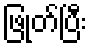
ဖြုတ်ပြီး